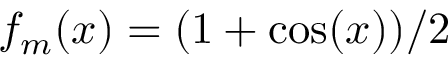
f _ { m } ( x ) = ( 1 + \cos ( x ) ) / 2